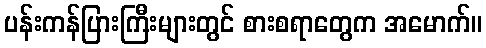
ပန်းကန်ပြားကြီးများတွင် စားစရာတွေက အမောက်။